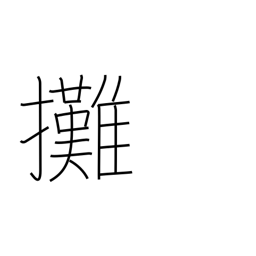
Meaning: apportion